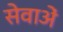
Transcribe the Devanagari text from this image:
सेवाअें